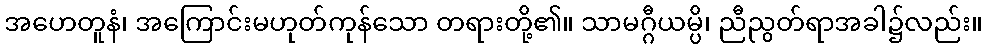
အဟေတူနံ၊ အကြောင်းမဟုတ်ကုန်သော တရားတို့၏။ သာမဂ္ဂီယမ္ပိ၊ ညီညွတ်ရာအခါ၌လည်း။